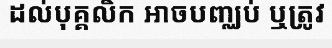
ដល់បុគ្គលិក អាចបញ្ឈប់ ឬត្រូវ